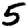
Digit: 5